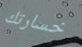
خسارتك